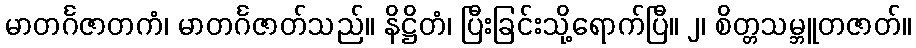
မာတင်္ဂဇာတကံ၊ မာတင်္ဂဇာတ်သည်။ နိဋ္ဌိတံ၊ ပြီးခြင်းသို့ရောက်ပြီ။ ၂၊ စိတ္တသမ္ဘူတဇာတ်။